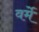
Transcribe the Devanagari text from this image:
वर्मे